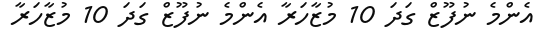
އެންމެ ނުފޫޒް ގަދަ 10 މުޒާހަރާ އެންމެ ނުފޫޒް ގަދަ 10 މުޒާހަރާ